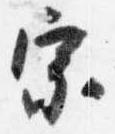
宗